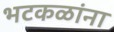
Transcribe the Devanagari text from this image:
भटकळांना